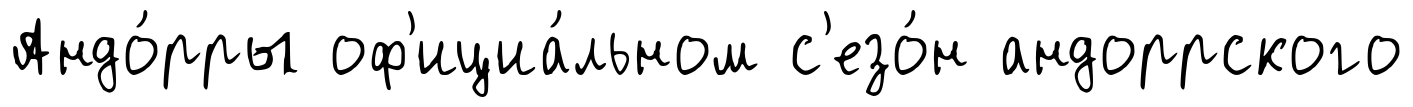
Андо́рры оф'ициа́льном с'езо́н андоррского